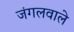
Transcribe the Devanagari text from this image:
जंगलवाले